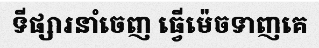
ទីផ្សារនាំចេញ ធ្វើម៉េចទាញគេ